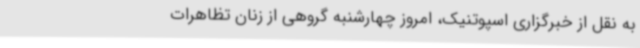
به نقل از خبرگزاری اسپوتنیک، امروز چهارشنبه گروهی از زنان تظاهرات